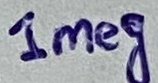
Text: 1meg